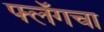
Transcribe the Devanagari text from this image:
फ्लॅगचा